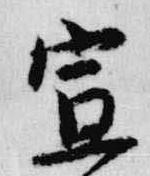
宣